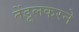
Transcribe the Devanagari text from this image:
तेंडूलकरने